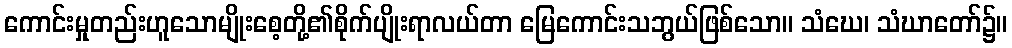
ကောင်းမှုတည်းဟူသောမျိုးစေ့တို့၏စိုက်ပျိုးရာလယ်တာ မြေကောင်းသဘွယ်ဖြစ်သော။ သံဃေ၊ သံဃာတော်၌။